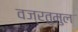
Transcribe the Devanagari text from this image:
वज्रतुमुल